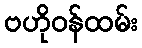
ဗဟိုဝန်ထမ်း